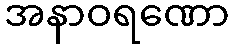
အနာဝရဏော